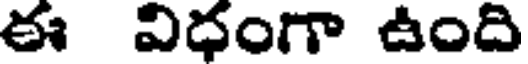
ఈ విధంగా ఉంది